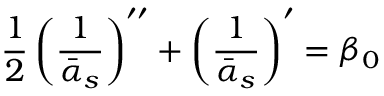
{ \frac { 1 } { 2 } } \left( \frac { 1 } { \bar { \alpha } _ { s } } \right) ^ { \prime \prime } + \left( \frac { 1 } { \bar { \alpha } _ { s } } \right) ^ { \prime } = \beta _ { 0 }